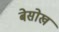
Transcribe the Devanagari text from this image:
बेसोख